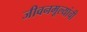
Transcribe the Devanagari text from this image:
जीवनमूल्यांची